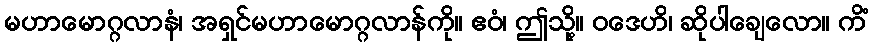
မဟာမောဂ္ဂလာနံ၊ အရှင်မဟာမောဂ္ဂလာန်ကို။ ဧဝံ၊ ဤသို့။ ဝဒေဟိ၊ ဆိုပါချေလော။ ကိံ